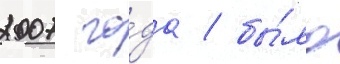
2007 го́да / бы́ло